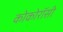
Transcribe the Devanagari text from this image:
कोकोरॉसी